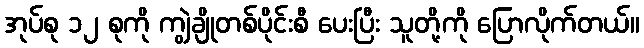
အုပ်စု ၁၂ စုကို ကျွဲချိုတစ်ပိုင်းစီ ပေးပြီး သူတို့ကို ပြောလိုက်တယ်။